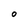
Character: O